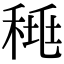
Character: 𥟯